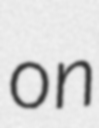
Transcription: on